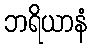
ဘရိယာနံ